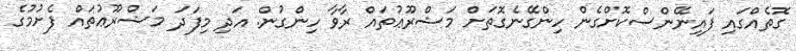
ގޮތެއްގައި ފައިނޭންސްކޮށްގެން ހިންގޭނެގޮތަށް މަޝްރޫޢުތައް ރާވާ ހިންގުން. އަދި މިފަދަ މަޝްރޫޢުތައް ފެށުމުގެ